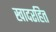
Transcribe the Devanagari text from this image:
खादरहित